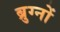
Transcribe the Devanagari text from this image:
ब्रुग्नों